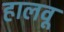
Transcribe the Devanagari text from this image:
हालवू